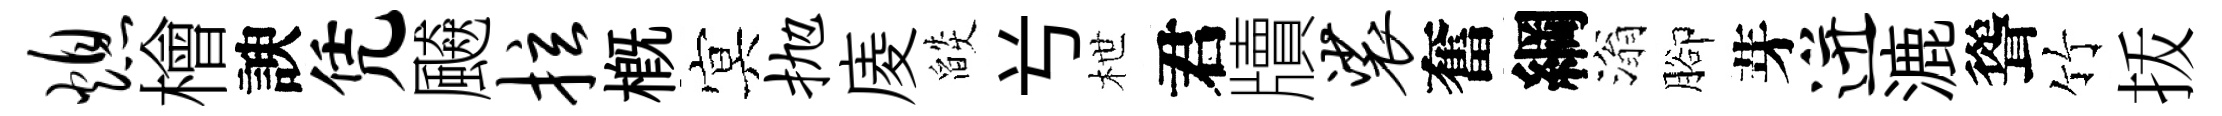
熄檜諛凭飇拉槪㝠抛庱燄𠔃枻君牘裟奮綱滃腳芽迸漉聳竹㧞